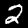
Digit: 2